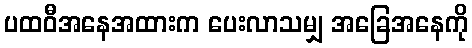
ပထဝီအနေအထားက ပေးလာသမျှ အခြေအနေကို